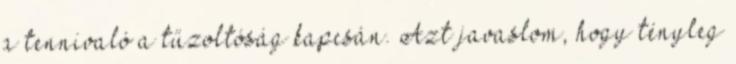
a tennivaló a tűzoltóság kapcsán. Azt javaslom, hogy tényleg